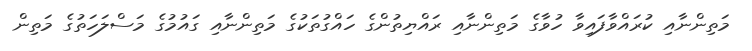
މަތިންނާއި ކުރައްވާފައިވާ ހުވާގެ މަތިންނާއި ރައްޔިތުންގެ ހައްގުތަކުގެ މަތިންނާއި ގައުމުގެ މަސްލަހަތުގެ މަތިން